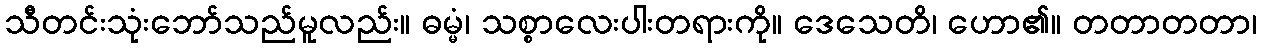
သီတင်းသုံးဘော်သည်မူလည်း။ ဓမ္မံ၊ သစ္စာလေးပါးတရားကို။ ဒေသေတိ၊ ဟော၏။ တတာတတာ၊